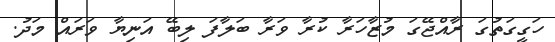
ހަގީގަތުގަ ރާއްޖޭގަ މުޒާހަރާ ކުރާ ވަރާ ބަލާފަ ލިބޭ އަނިޔާ ވަރައް މަދު.